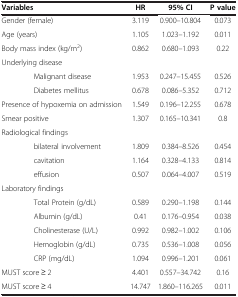
| <COLSPAN=2> Variables | HR | 95% CI | P value |
 | --- | --- | --- | --- | --- |
 | <COLSPAN=2> Gender (female) | 3.119 | 0.900–10.804 | 0.073 |
 | <COLSPAN=2> Age (years) | 1.105 | 1.023–1.192 | 0.011 |
 | <COLSPAN=2> Body mass index (kg/m2) | 0.862 | 0.680–1.093 | 0.22 |
 | <COLSPAN=2> Underlying disease |  |  |  |
 |  | Malignant disease | 1.953 | 0.247–15.455 | 0.526 |
 |  | Diabetes mellitus | 0.678 | 0.086–5.352 | 0.712 |
 | <COLSPAN=2> Presence of hypoxemia on admission | 1.549 | 0.196–12.255 | 0.678 |
 | <COLSPAN=2> Smear positive | 1.307 | 0.165–10.341 | 0.8 |
 | <COLSPAN=2> Radiological findings |  |  |  |
 |  | bilateral involvement | 1.809 | 0.384–8.526 | 0.454 |
 |  | cavitation | 1.164 | 0.328–4.133 | 0.814 |
 |  | effusion | 0.507 | 0.064–4.007 | 0.519 |
 | <COLSPAN=2> Laboratory findings |  |  |  |
 |  | Total Protein (g/dL) | 0.589 | 0.290–1.198 | 0.144 |
 |  | Albumin (g/dL) | 0.41 | 0.176–0.954 | 0.038 |
 |  | Cholinesterase (U/L) | 0.992 | 0.982–1.002 | 0.106 |
 |  | Hemoglobin (g/dL) | 0.735 | 0.536–1.008 | 0.056 |
 |  | CRP (mg/dL) | 1.094 | 0.996–1.201 | 0.061 |
 | <COLSPAN=2> MUST score ≥ 2 | 4.401 | 0.557–34.742 | 0.16 |
 | <COLSPAN=2> MUST score ≥ 4 | 14.747 | 1.860–116.265 | 0.011 |